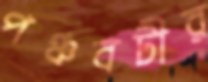
পঞ্চবটীর